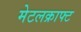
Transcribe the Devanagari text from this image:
मेटलक्राफ्ट